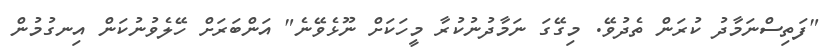
"ފަތިސްނަމާދު ކުރަން ތެދުވޭ. މިގޭގަ ނަމާދުނުކުރާ މީހަކަށް ނޫޅެވޭނެ" އަންބަރަށް ހޭލެވުނުކަން އިނގުމުން